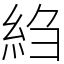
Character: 䋓